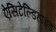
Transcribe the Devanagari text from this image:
ऐसिटेल्डिहाइड